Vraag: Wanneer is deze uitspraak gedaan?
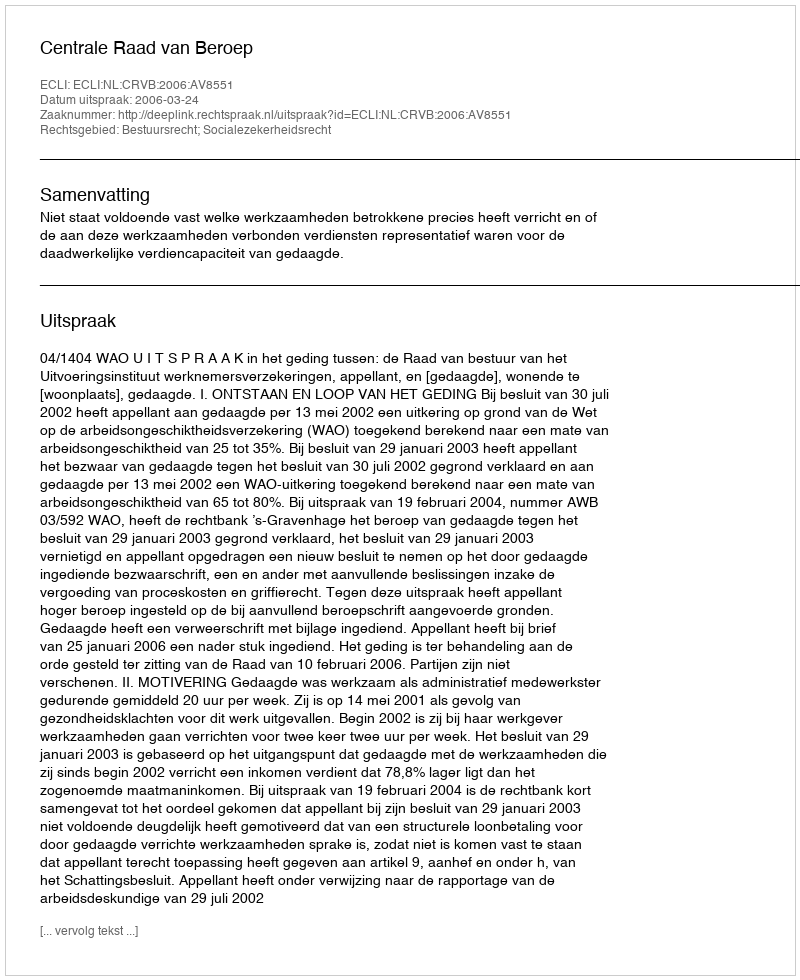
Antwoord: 2006-03-24